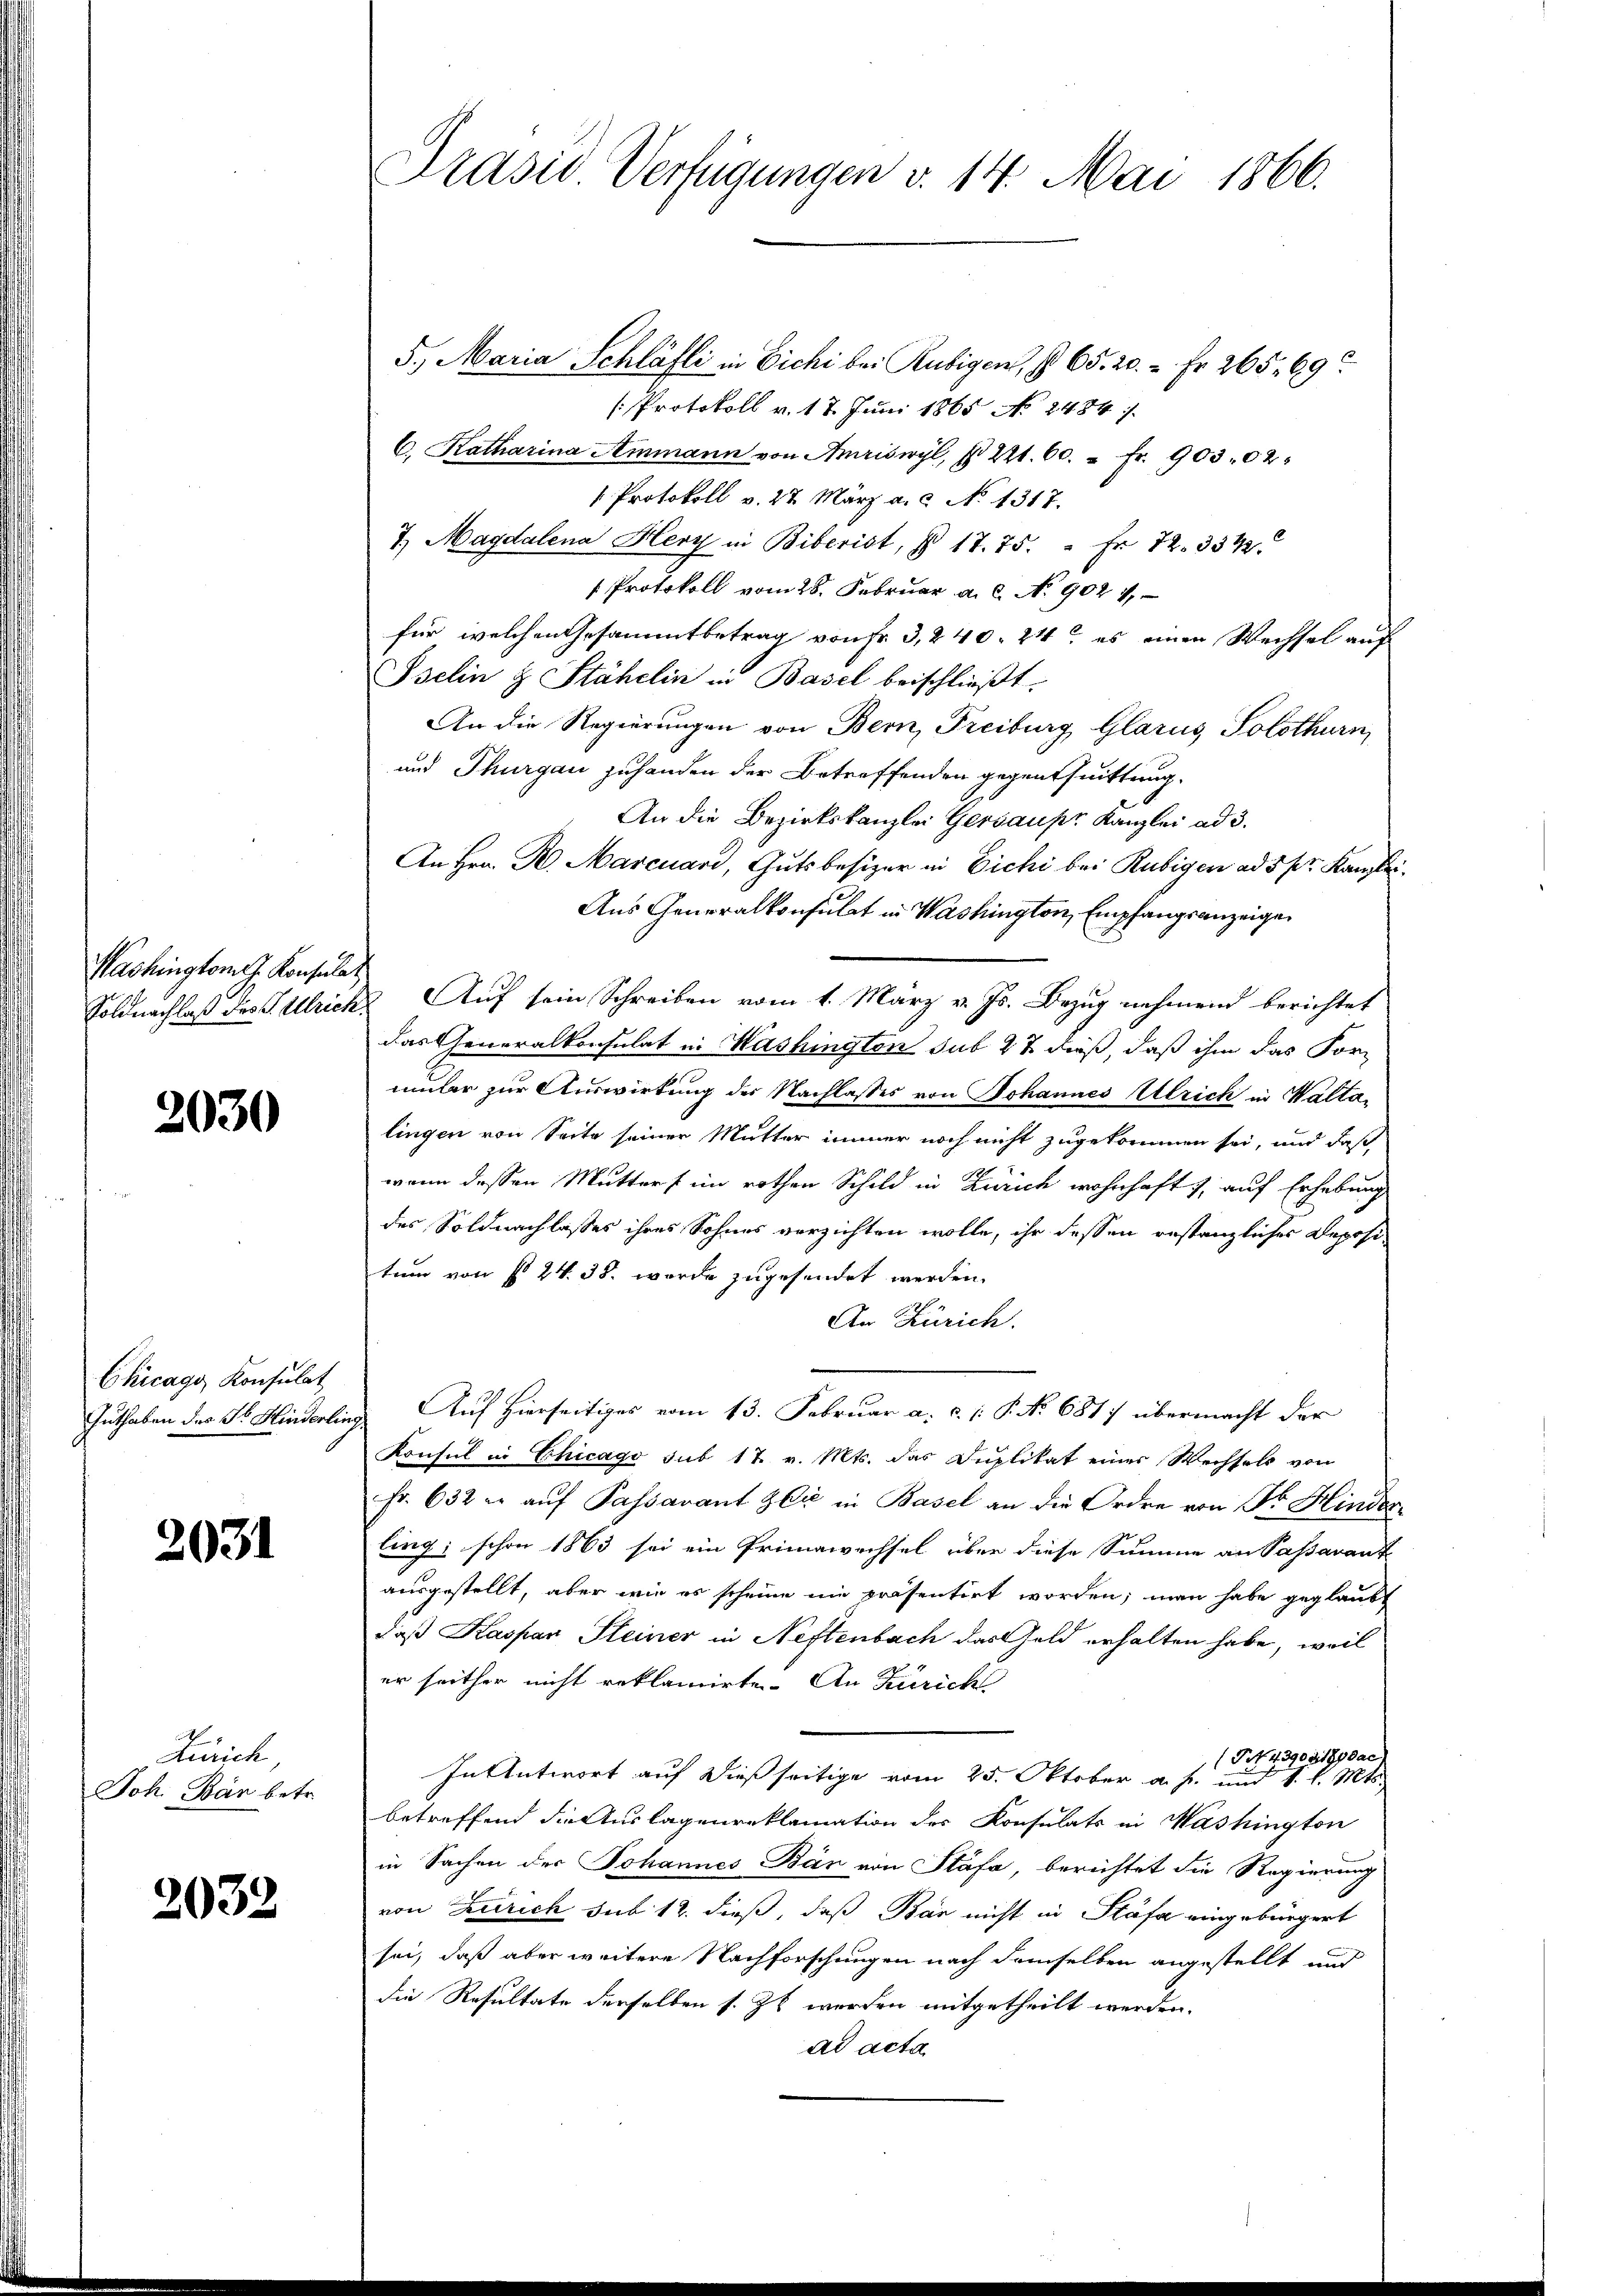
Washington J. Konsulat

2030

Chicago Konsulat
Guthaben des Fr. Hinderlin,

2031

Zürich
Joh. Bär betr.

2032

Präsid. Verfügungen v. 14. Mai 1866.

5., Maria Schläfli in Eichi bei Rubigen, § 65. 20. - Fr. 265. 69
(Protokoll v. 17. Juni 1865 No 2484
C. Katharina Ammann von Amriswyl, § 221. 60. " fr. 903.02.
 Protokoll v. 27. März a. c. No 1317.
7) Magdalena Herz in Biberist, § 17. 75. " Fr. 72. 334
 Protokoll vom 28. Februar a. c. No 902. 11
für welchen Gesammtbetrag von Fr. 3, 240. 21t es einen Wechsel auf
Pselin & Stähelin in Basel beischließt:
An die Regierungen von Bern, Freiburg Glarus, Solothurn,
und Thurgau zuhanden der Betreffenden gegenthuittung.
An die Bezirkskanzlei Gersaupr Kanzlei ad 3.
An Hrn. R. Marcuard, Gutsbesizer in Eichi bei Rubigen ad 5 pr. Kanzlei
Aus Generalkonsulat in Washington, Empfangsanzeige
Soldnachlaß des Ulrich Auf sein Schreiben vom 1. März v. Js. Bezug nehmend berichtet
das Generalkonsulat in Washington sub 22 dieß, daß ihm das Forumler zur Auswirkung der Nachlasses von Johannes Ulrich in Waltalingen von Seite seiner Mutter immer noch nicht zugekommen sei, und daß
wenn dessen Mutters im rothen Schild in Zürich wohnhaft), auf Erhebung
des Soldnachlasses ihres Sohnes verzichten wolle, ihr dessen anstanzliches Deposi-
tum von § 24. 38. worde zugesendet werden.
An Zürich.
Auf Hierseitiges vom 13. Februar a. c. 1. P. No 681) übermacht der
Konsul in Chicago sub 17 v. Mts. das Duplikat einer Wechsels von
Fr. 632 er aŭf Passavant zu in Basel an die Ordre von Dr. Hinder
ling schon 1863 sei ein Primawechsel über diese Summe an Passarant
ausgestellt, aber wie es scheine nie präsentirt worden; man habe geglaubt
daß Kaspar Kleiner in Neftenbach das Geld erhalten habe, weil
er seither nicht reklamirte. An Züricht
(Tit. 439021Gydac
In Antwort auf dießseitige vom 25. Oktober a. p. und S. l. Mts.
betreffend die Auslagenreklamation der Konsulats in Washington
in Sachen der Johannes Bär von Stäfa, berichtet die Regierung
von Zürich sub 12. dieß, daß Bar nicht in Stäfa eingebürgert
sei, daß aber weitere Nachforschungen nach demselben angestellt und
die Resultate derselben s. Zt werden mitgetheilt werden.
ad acta